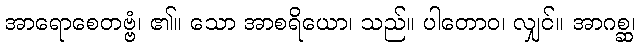
အာရောစေတဗ္ဗံ၊ ၏။ သော အာစရိယော၊ သည်။ ပါတောဝ၊ လျှင်။ အာဂစ္ဆ၊